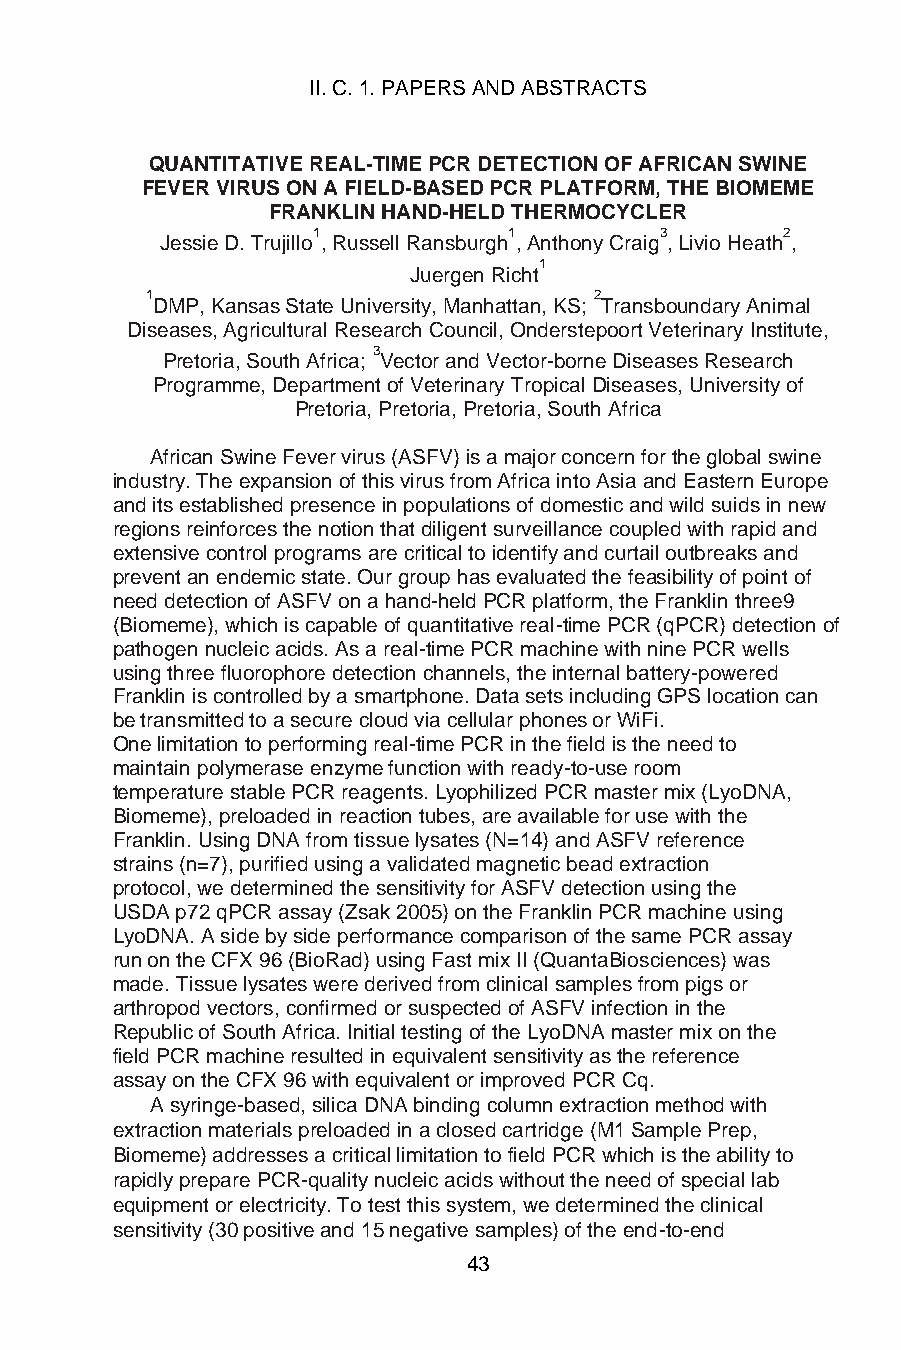
II. C. 1. PAPERS AND ABSTRACTS
 QUANTITATIVE REAL-TIME PCR DETECTION OF AFRICAN SWINE
 FEVER VIRUS ON A FIELD-BASED PCR PLATFORM, THE BIOMEME
 FRANKLIN HAND-HELD THERMOCYCLER
 1            1         3       2
 Jessie D. Trujillo , Russell Ransburgh , Anthony Craig , Livio Heath ,
 1
 Juergen Richt
 1                            2
 DMP, Kansas State University, Manhattan, KS; Transboundary Animal
 Diseases, Agricultural Research Council, Onderstepoort Veterinary Institute,
 3
 Pretoria, South Africa; Vector and Vector-borne Diseases Research
 Programme, Department of Veterinary Tropical Diseases, University of
 Pretoria, Pretoria, Pretoria, South Africa
 African Swine Fever virus (ASFV) is a major concern for the global swine
 industry. The expansion of this virus from Africa into Asia and Eastern Europe
 and its established presence in populations of domestic and wild suids in new
 regions reinforces the notion that diligent surveillance coupled with rapid and
 extensive control programs are critical to identify and curtail outbreaks and
 prevent an endemic state. Our group has evaluated the feasibility of point of
 need detection of ASFV on a hand-held PCR platform, the Franklin three9
 (Biomeme), which is capable of quantitative real-time PCR (qPCR) detection of
 pathogen nucleic acids. As a real-time PCR machine with nine PCR wells
 using three fluorophore detection channels, the internal battery-powered
 Franklin is controlled by a smartphone. Data sets including GPS location can
 be transmitted to a secure cloud via cellular phones or WiFi.
 One limitation to performing real-time PCR in the field is the need to
 maintain polymerase enzyme function with ready-to-use room
 temperature stable PCR reagents. Lyophilized PCR master mix (LyoDNA,
 Biomeme), preloaded in reaction tubes, are available for use with the
 Franklin. Using DNA from tissue lysates (N=14) and ASFV reference
 strains (n=7), purified using a validated magnetic bead extraction
 protocol, we determined the sensitivity for ASFV detection using the
 USDA p72 qPCR assay (Zsak 2005) on the Franklin PCR machine using
 LyoDNA. A side by side performance comparison of the same PCR assay
 run on the CFX 96 (BioRad) using Fast mix II (QuantaBiosciences) was
 made. Tissue lysates were derived from clinical samples from pigs or
 arthropod vectors, confirmed or suspected of ASFV infection in the
 Republic of South Africa. Initial testing of the LyoDNA master mix on the
 field PCR machine resulted in equivalent sensitivity as the reference
 assay on the CFX 96 with equivalent or improved PCR Cq.
 A syringe-based, silica DNA binding column extraction method with
 extraction materials preloaded in a closed cartridge (M1 Sample Prep,
 Biomeme) addresses a critical limitation to field PCR which is the ability to
 rapidly prepare PCR-quality nucleic acids without the need of special lab
 equipment or electricity. To test this system, we determined the clinical
 sensitivity (30 positive and 15 negative samples) of the end-to-end
 43